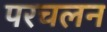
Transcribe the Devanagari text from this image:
परचलन